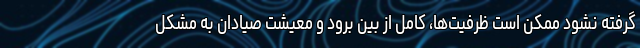
گرفته نشود ممکن است ظرفیت‌ها، کامل از بین برود و معیشت صیادان به مشکل